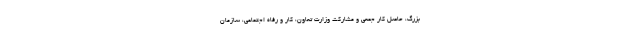
بزرگ، حاصل کار جمعی و مشارکت وزارت تعاون، کار و رفاه اجتماعی، سازمان